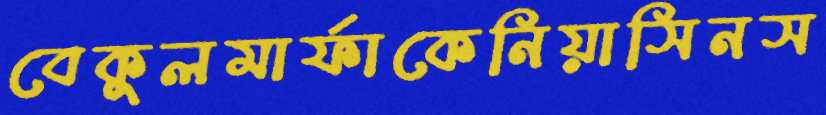
বেকুলমার্ফাকেনিয়াসিনস